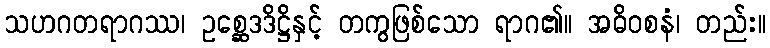
သဟဂတရာဂဿ၊ ဥစ္ဆေဒဒိဋ္ဌိနှင့် တကွဖြစ်သော ရာဂ၏။ အဓိဝစနံ၊ တည်း။